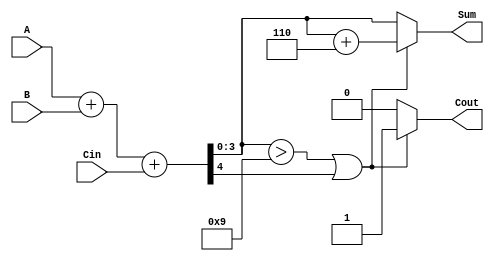
module BCD_Parallel_Adder (
    input  wire [3:0] A,      // First BCD digit
    input  wire [3:0] B,      // Second BCD digit
    input  wire Cin,          // Carry input
    output reg  [3:0] Sum,    // BCD result
    output reg  Cout          // Carry output
);

    wire [4:0] S;            // 5-bit sum for A, B, and Cin
    wire correction_needed;   // Flag for correction

    // Step 1: Binary Addition
    assign S = A + B + Cin;

    // Step 2: Check if correction is needed
    assign correction_needed = (S[3:0] > 4'b1001) || S[4];

    // Step 3: BCD Correction Logic
    always @(*) begin
        if (correction_needed) begin
            Sum = S[3:0] + 4'b0110; // Add 6 (0110) for BCD correction
            Cout = 1'b1;            // Set carry out
        end else begin
            Sum = S[3:0];           // No correction needed
            Cout = 1'b0;            // No carry out
        end
    end

endmodule